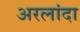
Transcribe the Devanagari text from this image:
अरलांदा